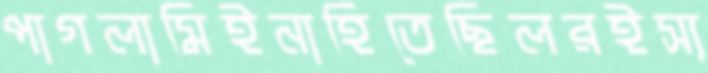
পাগলামিইনাহিতেছিলরইস্য